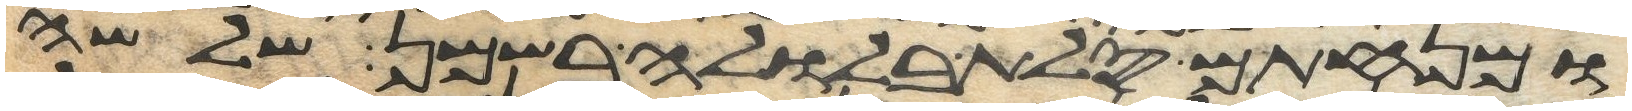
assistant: ומנחתם סלת בלולה בשמן שלשה